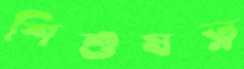
শিশুযত্ন